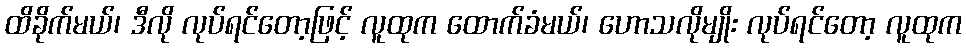
ထိခိုက်မယ်၊ ဒီလို လုပ်ရင်တော့ဖြင့် လူထုက ထောက်ခံမယ်၊ ဟောသလိုမျိုး လုပ်ရင်တော့ လူထုက